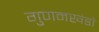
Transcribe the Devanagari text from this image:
गुणनखंडो